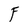
Character: F